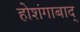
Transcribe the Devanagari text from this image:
होशंगाबाद्